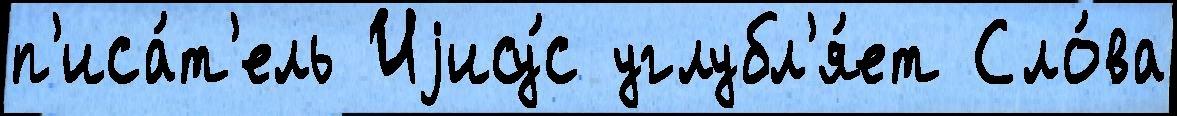
п'иса́т'ель Иjису́с углубл'я́ет Сло́ва